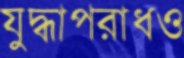
যুদ্ধাপরাধও